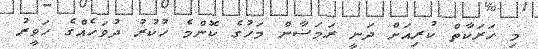
މި ހަރަކާތް ކުރިއަށް ދަނީ ރަމަޟާން މަހުގެ ކޮންމެ ހުކުރު ދުވަހެއްގެ ހަވީރު